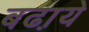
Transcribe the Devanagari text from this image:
बढा़ये